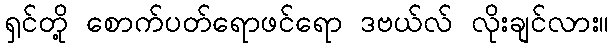
ရှင်တို့ စောက်ပတ်ရောဖင်ရော ဒဗယ်လ် လိုးချင်လား။